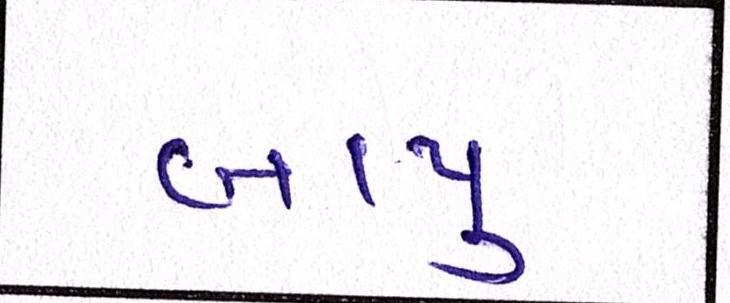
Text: બાપુ